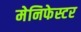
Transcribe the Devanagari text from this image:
मेनिफेस्टर